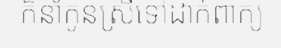
ក៏នាំកូនស្រីទៅដាក់ពាក្យ